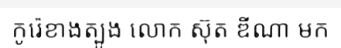
កូរ៉េខាងត្បូង លោក ស៊ុត ឌីណា មក